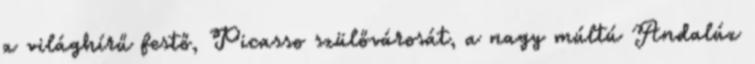
a világhírű festő, Picasso szülővárosát, a nagy múltú Andalúz